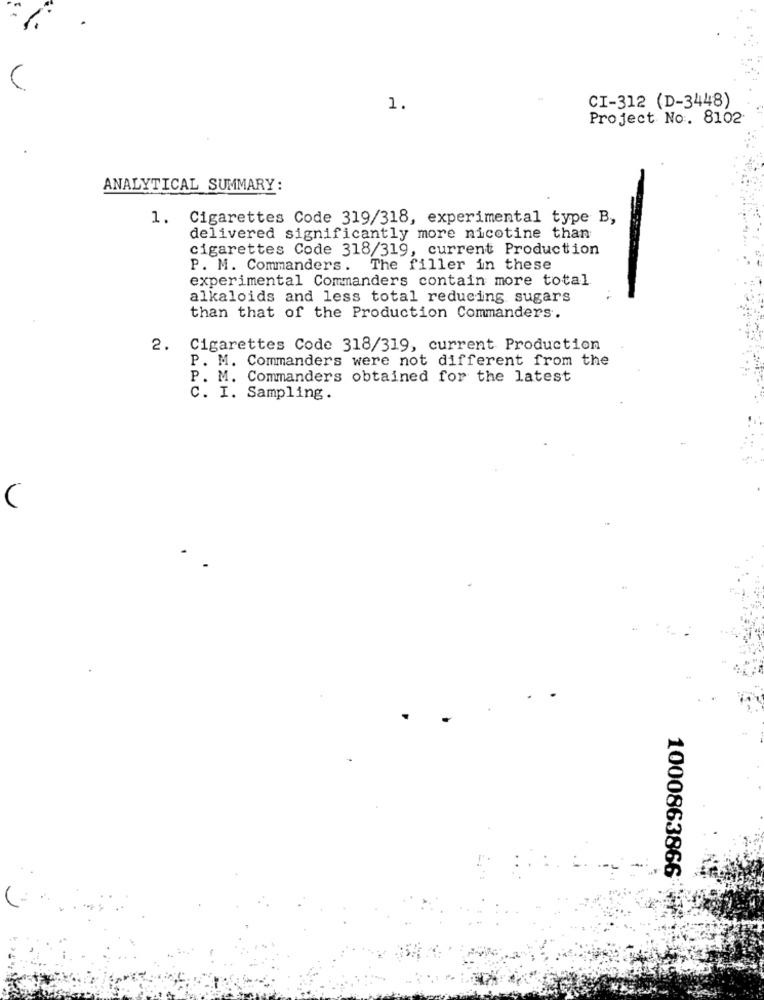
CI-312 (D-3448)
1.
Project No. 8102
ANALYTICAL SUMMARY:
1. Cigarettes Code 319/318, experimental type B,
delivered significantly more nicotine than
cigarettes Code 318/319, current Production
P. M. Commanders. The filler in these
experimental Commanders contain more total
alkaloids and less total reducing sugars
than that of the Production Commanders.
2.
Cigarettes Code 318/319, current Production
P. M. Commanders were not different from the
P. M. Commanders obtained for the latest
C. I. Sampling.
1000863866